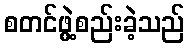
စတင်ဖွဲ့စည်းခဲ့သည်